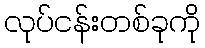
လုပ်ငန်းတစ်ခုကို